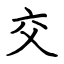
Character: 交